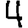
Digit: 4